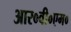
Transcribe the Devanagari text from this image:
आर०वी०एम०